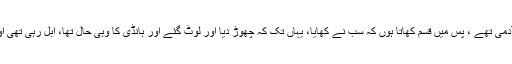
سیدنا جابرؓ کہتے ہیں کہ آپﷺ کے ساتھ ایک ہزار آدمی تھے ، پس میں قسم کھاتا ہوں کہ سب نے کھایا، یہاں تک کہ چھوڑ دیا اور لوٹ گئے اور ہانڈی کا وہی حال تھا، ابل رہی تھی اور آٹا بھی ویسا ہی تھا،اس کی روٹیاں بن رہی تھیں۔